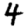
Digit: 4